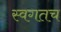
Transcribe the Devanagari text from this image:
स्वगतच